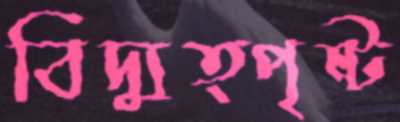
বিদ্যুত্পৃষ্ট